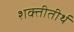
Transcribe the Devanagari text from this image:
शक्तीतीर्थ